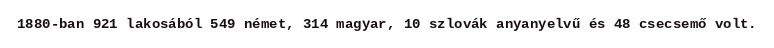
1880-ban 921 lakosából 549 német, 314 magyar, 10 szlovák anyanyelvű és 48 csecsemő volt.